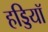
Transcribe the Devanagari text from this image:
हड्डियॉ